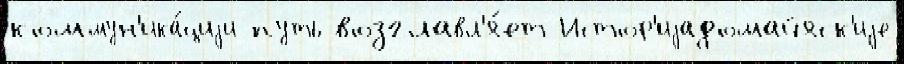
коммун'ика́циjи путь возглавл'я́ет Истор'иjадомайяск'иjе